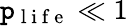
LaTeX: \mathtt{p}_{\mathrm{{~l~i~f~e~}}}\ll1